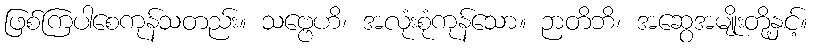
ဖြစ်ကြပါစေကုန်သတည်း။ သဗ္ဗေဟိ၊ အလုံးစုံကုန်သော။ ဉာတိဘိ၊ အဆွေအမျိုးတို့နှင့်။